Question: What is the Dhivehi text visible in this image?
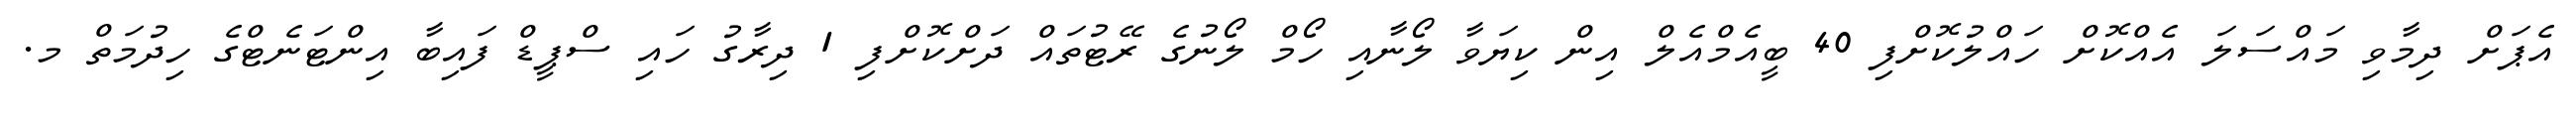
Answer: އެޕަށް ދިމާވި މައްސަލަ އެއްކޮށް ހައްލުކޮށްފި 40 ބީއެމްއެލް އިން ކިޔަވާ ލޯނާއި ހޯމް ލޯނުގެ ރޭޓުތައް ދަށްކޮށްފި 1 ދިރާގު ހައި ސްޕީޑް ފައިބާ އިންޓަނެޓްގެ ހިދުމަތް މ.